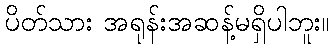
ပိတ်သား အရုန်းအဆန့်မရှိပါဘူး။